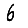
Digit: 6